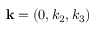
{ \bf k } = ( 0 , k _ { 2 } , k _ { 3 } )